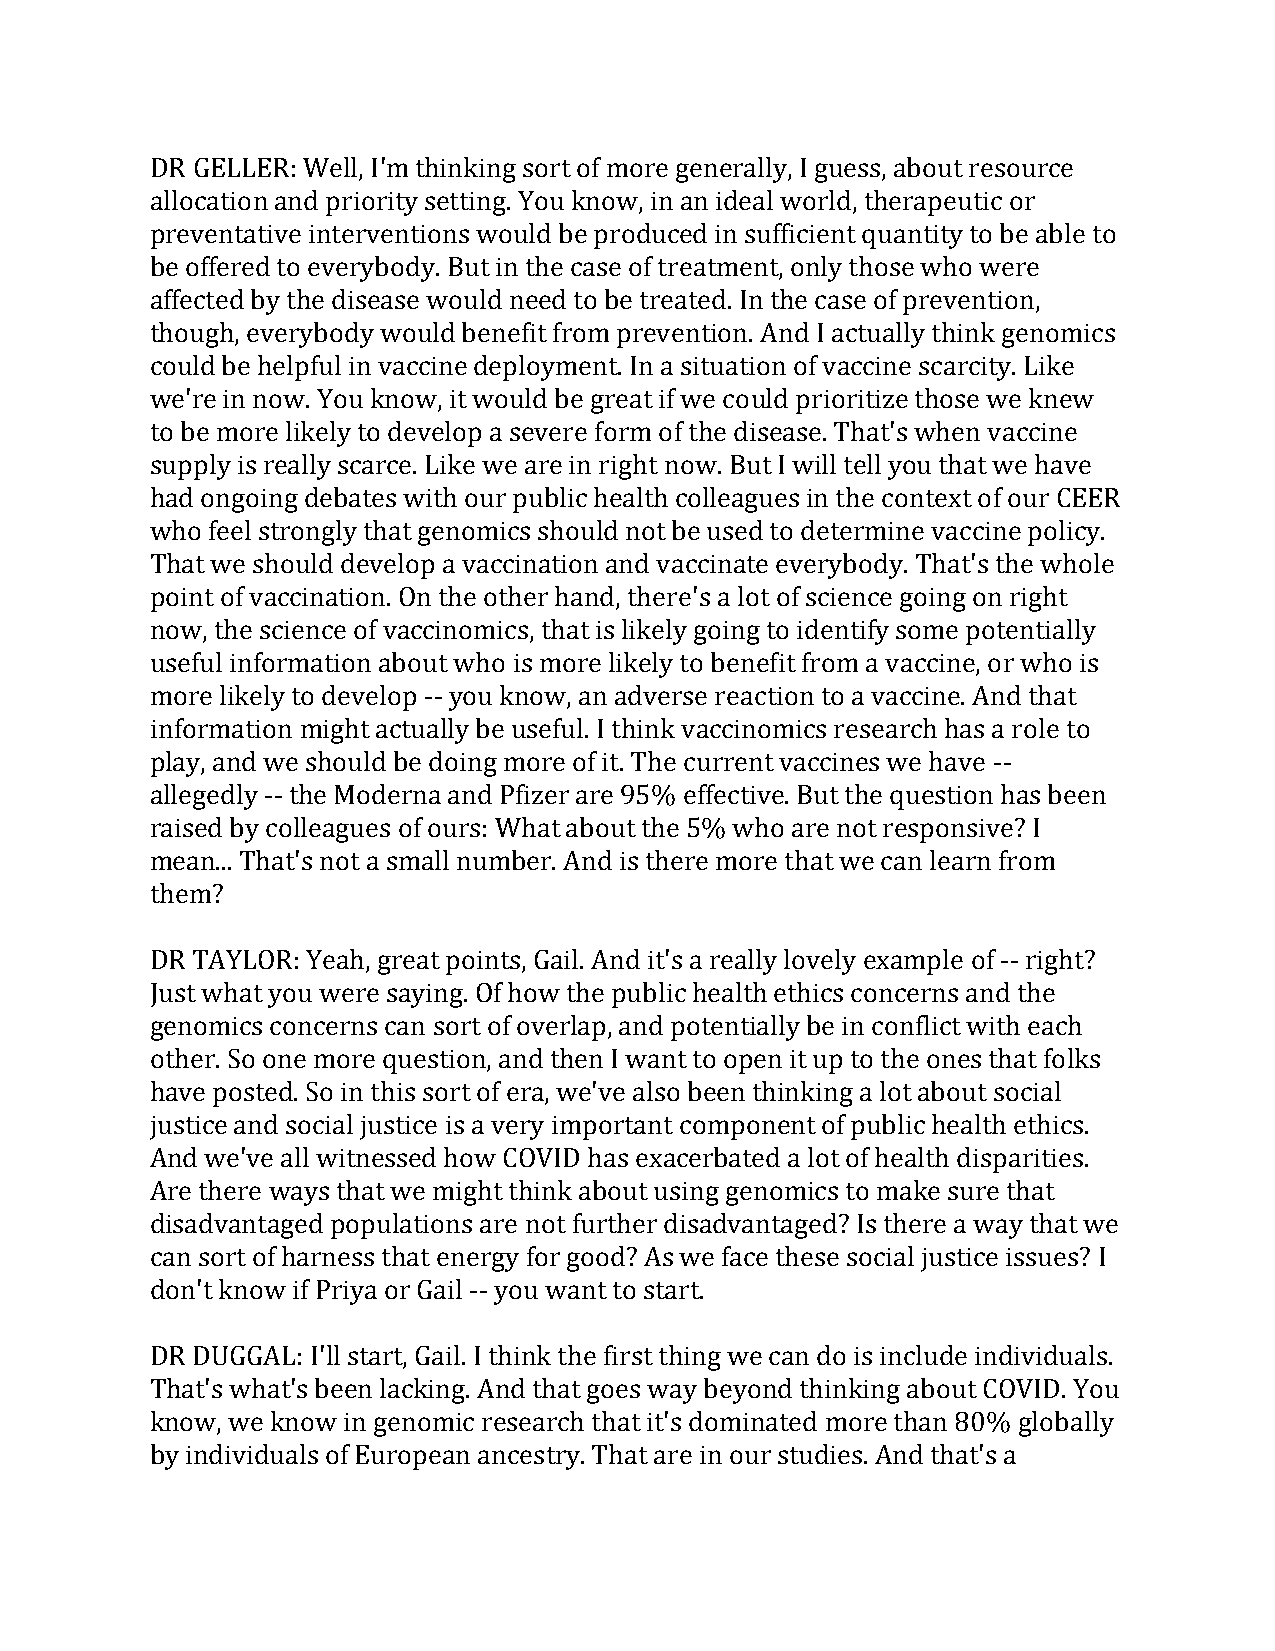
DR GELLER: Well, I'm thinking sort of more generally, I guess, about resource
 allocation and priority setting. You know, in an ideal world, therapeutic or
 preventative interventions would be produced in sufficient quantity to be able to
 be offered to everybody. But in the case of treatment, only those who were
 affected by the disease would need to be treated. In the case of prevention,
 though, everybody would benefit from prevention. And I actually think genomics
 could be helpful in vaccine deployment. In a situation of vaccine scarcity. Like
 we're in now. You know, it would be great if we could prioritize those we knew
 to be more likely to develop a severe form of the disease. That's when vaccine
 supply is really scarce. Like we are in right now. But I will tell you that we have
 had ongoing debates with our public health colleagues in the context of our CEER
 who feel strongly that genomics should not be used to determine vaccine policy.
 That we should develop a vaccination and vaccinate everybody. That's the whole
 point of vaccination. On the other hand, there's a lot of science going on right
 now, the science of vaccinomics, that is likely going to identify some potentially
 useful information about who is more likely to benefit from a vaccine, or who is
 more likely to develop -- you know, an adverse reaction to a vaccine. And that
 information might actually be useful. I think vaccinomics research has a role to
 play, and we should be doing more of it. The current vaccines we have --
 allegedly -- the Moderna and Pfizer are 95% effective. But the question has been
 raised by colleagues of ours: What about the 5% who are not responsive? I
 mean... That's not a small number. And is there more that we can learn from
 them?
 DR TAYLOR: Yeah, great points, Gail. And it's a really lovely example of -- right?
 Just what you were saying. Of how the public health ethics concerns and the
 genomics concerns can sort of overlap, and potentially be in conflict with each
 other. So one more question, and then I want to open it up to the ones that folks
 have posted. So in this sort of era, we've also been thinking a lot about social
 justice and social justice is a very important component of public health ethics.
 And we've all witnessed how COVID has exacerbated a lot of health disparities.
 Are there ways that we might think about using genomics to make sure that
 disadvantaged populations are not further disadvantaged? Is there a way that we
 can sort of harness that energy for good? As we face these social justice issues? I
 don't know if Priya or Gail -- you want to start.
 DR DUGGAL: I'll start, Gail. I think the first thing we can do is include individuals.
 That's what's been lacking. And that goes way beyond thinking about COVID. You
 know, we know in genomic research that it's dominated more than 80% globally
 by individuals of European ancestry. That are in our studies. And that's a